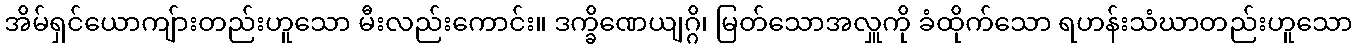
အိမ်ရှင်ယောကျ်ားတည်းဟူသော မီးလည်းကောင်း။ ဒက္ခိဏေယျဂ္ဂိ၊ မြတ်သောအလှူကို ခံထိုက်သော ရဟန်းသံဃာတည်းဟူသော